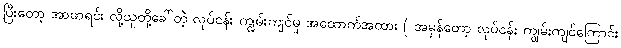
ပြီးတော့ အာဖာရင်း လို့သူတို့ခေါ်တဲ့ လုပ်ငန်း ကျွမ်းကျင်မှု အထောက်အထား ( အမှန်တော့ လုပ်ငန်း ကျွမ်းကျင်ကြောင်း